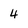
Character: 4